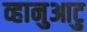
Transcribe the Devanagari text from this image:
व्हानुआटु